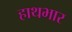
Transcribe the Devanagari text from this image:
हाथभार